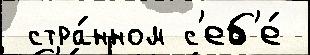
 стра́нном с'еб'е́